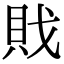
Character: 戝